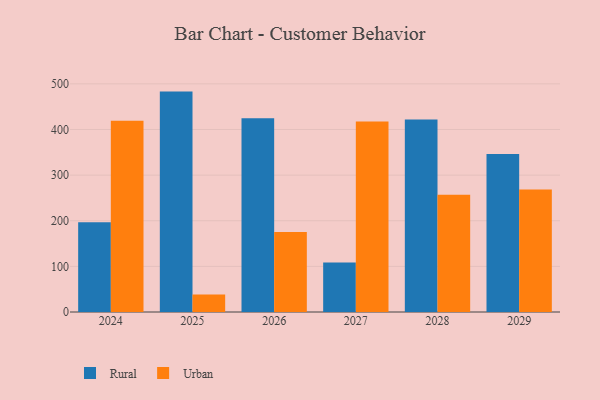
{"axis": {"x": "Year", "y": "Conversion Rate (%)"}, "legend": ["Rural", "Urban"], "data": [{"x": "2028", "y": 422.0, "type": "Rural"}, {"x": "2028", "y": 257.0, "type": "Urban"}, {"x": "2029", "y": 346.2, "type": "Rural"}, {"x": "2029", "y": 268.3, "type": "Urban"}, {"x": "2027", "y": 108.4, "type": "Rural"}, {"x": "2027", "y": 417.6, "type": "Urban"}, {"x": "2026", "y": 424.4, "type": "Rural"}, {"x": "2026", "y": 175.4, "type": "Urban"}, {"x": "2024", "y": 196.8, "type": "Rural"}, {"x": "2024", "y": 419.0, "type": "Urban"}, {"x": "2025", "y": 483.0, "type": "Rural"}, {"x": "2025", "y": 38.6, "type": "Urban"}]}